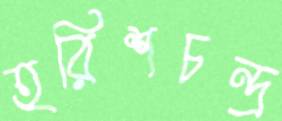
হরিশচন্দ্র